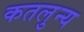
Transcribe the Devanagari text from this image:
कतलुन्य